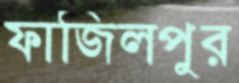
ফাজিলপুর